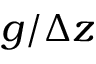
g / \Delta z